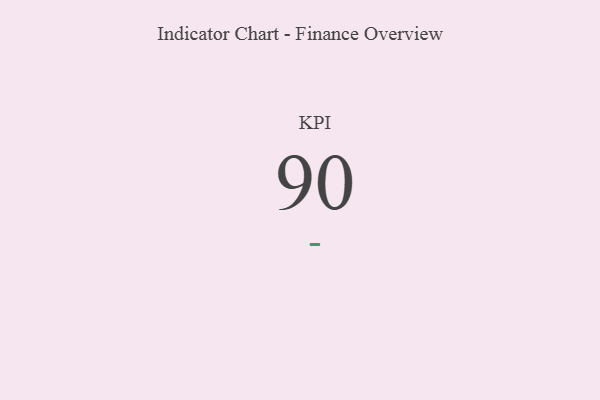
{"axis": {"x": "KPI", "y": "Value"}, "legend": [""], "data": [{"x": "KPI", "y": 90, "type": ""}]}